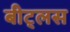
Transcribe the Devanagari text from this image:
बीट्लस